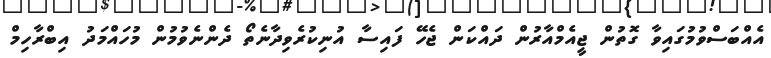
އެއްބަސްވުމުގައިވާ ގޮތުން ޖީއެމްއާރުން ދައްކަން ޖެހޭ ފައިސާ އުނިކުރެވިދާނެތޯ ދެންނެވުމުން މުހައްމަދު އިބްރާހިމް